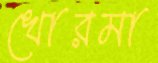
খোরমা